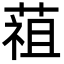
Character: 䔃